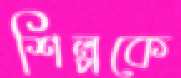
শিল্পকে